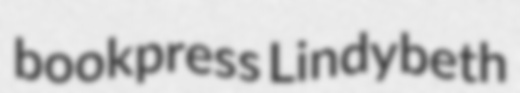
bookpress Lindybeth